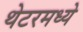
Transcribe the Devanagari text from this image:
थेटरमध्ये